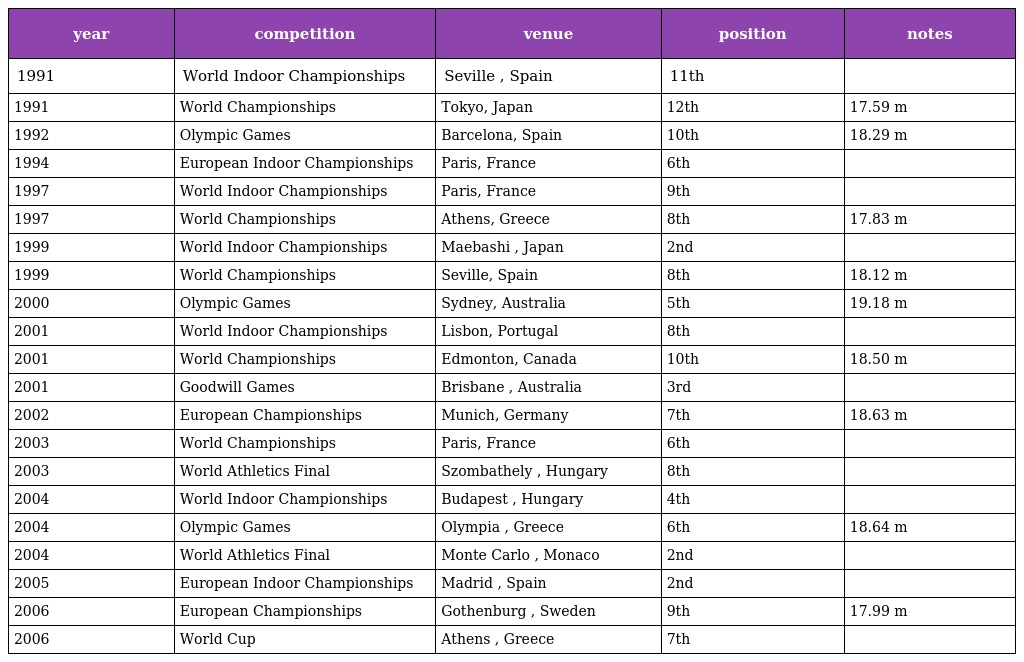
| year | competition | venue | position | notes |
 | --- | --- | --- | --- | --- |
 | 1991 | World Indoor Championships | Seville , Spain | 11th |  |
 | 1991 | World Championships | Tokyo, Japan | 12th | 17.59 m |
 | 1992 | Olympic Games | Barcelona, Spain | 10th | 18.29 m |
 | 1994 | European Indoor Championships | Paris, France | 6th |  |
 | 1997 | World Indoor Championships | Paris, France | 9th |  |
 | 1997 | World Championships | Athens, Greece | 8th | 17.83 m |
 | 1999 | World Indoor Championships | Maebashi , Japan | 2nd |  |
 | 1999 | World Championships | Seville, Spain | 8th | 18.12 m |
 | 2000 | Olympic Games | Sydney, Australia | 5th | 19.18 m |
 | 2001 | World Indoor Championships | Lisbon, Portugal | 8th |  |
 | 2001 | World Championships | Edmonton, Canada | 10th | 18.50 m |
 | 2001 | Goodwill Games | Brisbane , Australia | 3rd |  |
 | 2002 | European Championships | Munich, Germany | 7th | 18.63 m |
 | 2003 | World Championships | Paris, France | 6th |  |
 | 2003 | World Athletics Final | Szombathely , Hungary | 8th |  |
 | 2004 | World Indoor Championships | Budapest , Hungary | 4th |  |
 | 2004 | Olympic Games | Olympia , Greece | 6th | 18.64 m |
 | 2004 | World Athletics Final | Monte Carlo , Monaco | 2nd |  |
 | 2005 | European Indoor Championships | Madrid , Spain | 2nd |  |
 | 2006 | European Championships | Gothenburg , Sweden | 9th | 17.99 m |
 | 2006 | World Cup | Athens , Greece | 7th |  |